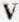
V